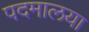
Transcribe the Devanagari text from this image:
पदमालया